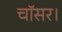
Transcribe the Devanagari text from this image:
चॉसर।